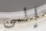
إلى